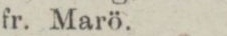
fr. Marö.